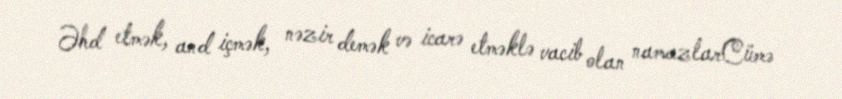
Əhd etmək, and içmək, nəzir demək və icarə etməklə vacib olan namazlarCümə